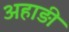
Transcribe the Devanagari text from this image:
अहाड़ी